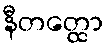
နီတတ္ထော